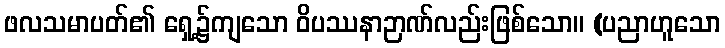
ဖလသမာပတ်၏ ရှေ့၌ကျသော ဝိပဿနာဉာဏ်လည်းဖြစ်သော။ (ပညာဟူသော